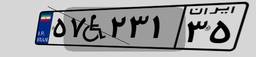
۵۷W۲۳۱۳۵